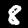
Digit: 8